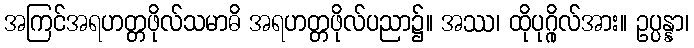
အကြင်အရဟတ္တဖိုလ်သမာဓိ အရဟတ္တဖိုလ်ပညာ၌။ အဿ၊ ထိုပုဂ္ဂိုလ်အား။ ဥပ္ပန္နာ၊